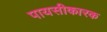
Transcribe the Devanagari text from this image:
पायसीकारक